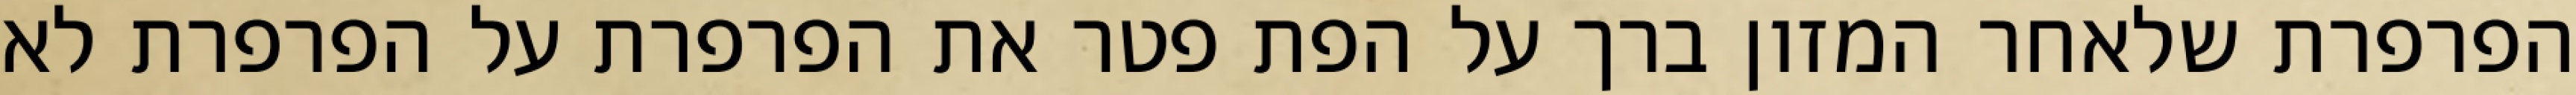
הפרפרת שלאחר המזון ברך על הפת פטר את הפרפרת על הפרפרת לא